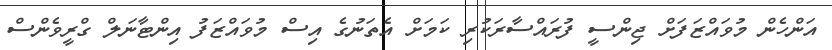
އަންހެން މުވައްޒަފަށް ޖިންސީ ފުރައްސާރަކުރި ކަމަށް އެތަނުގެ އިސް މުވައްޒަފު އިންޓާނަލް ގްރީވެންސް